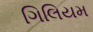
ગિલિયમ